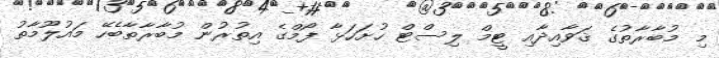
މި މުބާރާތުގެ ޤަވާއިދާއި ޓީމް ލިސްޓް ހުށަހަޅާ ފޯމްގެ އިތުރުން މުބާރާތާބެހޭ މައުލޫމާތު